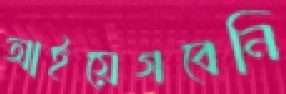
আইয়েগবেনি